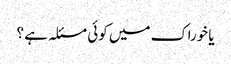
یا خوراک میں کوئی مسئلہ ہے ؟